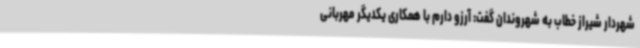
شهردار شیراز خطاب به شهروندان گفت: آرزو دارم با همکاری یکدیگر مهربانی